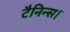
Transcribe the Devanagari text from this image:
टैनिन्स।